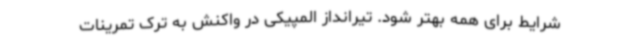
شرایط برای همه بهتر شود. تیرانداز المپیکی در واکنش به ترک تمرینات